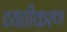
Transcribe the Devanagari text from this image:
व्यतीकरण